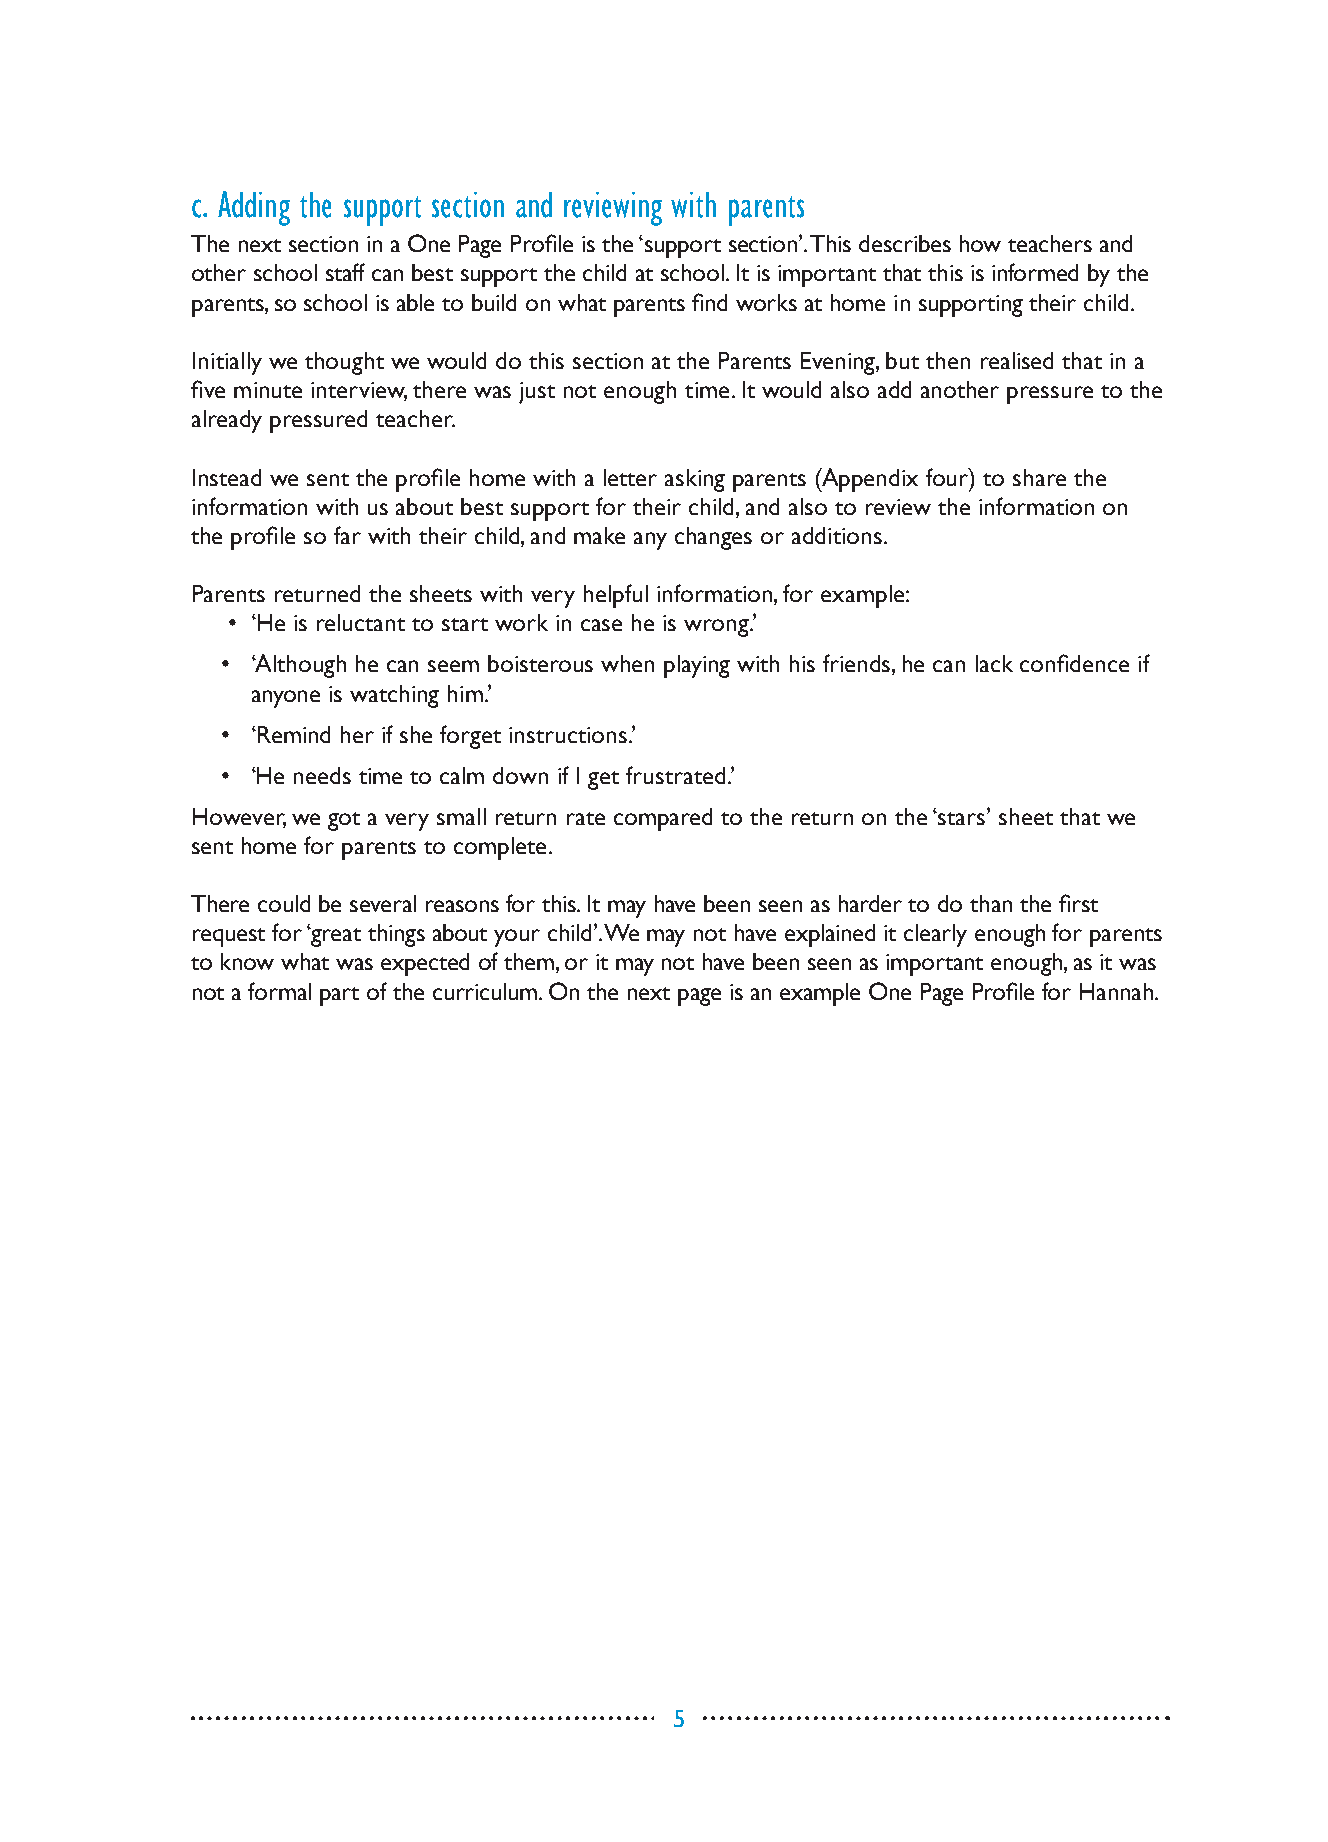
c. Adding the support section and reviewing with parents
 The next section in a One Page Profile is the ‘support section’. This describes how teachers and
 other school staff can best support the child at school. It is important that this is informed by the
 parents, so school is able to build on what parents find works at home in supporting their child.
 Initially we thought we would do this section at the Parents Evening, but then realised that in a
 five minute interview, there was just not enough time. It would also add another pressure to the
 already pressured teacher.
 Instead we sent the profile home with a letter asking parents (Appendix four) to share the
 information with us about best support for their child, and also to review the information on
 the profile so far with their child, and make any changes or additions.
 Parents returned the sheets with very helpful information, for example:
 • ‘He is reluctant to start work in case he is wrong.’
 • ‘Although he can seem boisterous when playing with his friends, he can lack confidence if
 anyone is watching him.’
 • ‘Remind her if she forget instructions.’
 • ‘He needs time to calm down if I get frustrated.’
 However, we got a very small return rate compared to the return on the ‘stars’ sheet that we
 sent home for parents to complete.
 There could be several reasons for this. It may have been seen as harder to do than the first
 request for ‘great things about your child’. We may not have explained it clearly enough for parents
 to know what was expected of them, or it may not have been seen as important enough, as it was
 not a formal part of the curriculum. On the next page is an example One Page Profile for Hannah.
 5